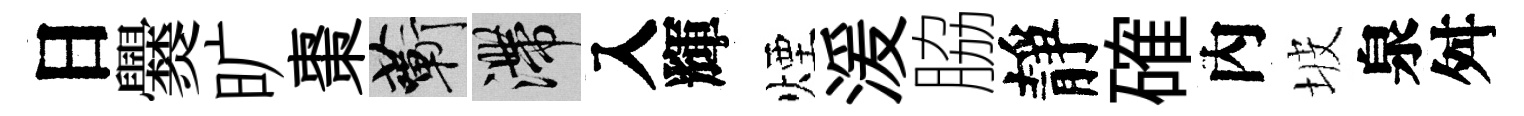
日爨旷棗蔪滯入輝煙湲脇靜確內坡泉舛